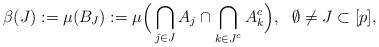
LaTeX: \begin{align*}\beta(J):= \mu(B_J):= \mu\Big( \bigcap_{j\in J} A_j \cap\bigcap_{k\in J^c} A_k^c \Big),\ \ \emptyset\not=J\subset [p],\end{align*}